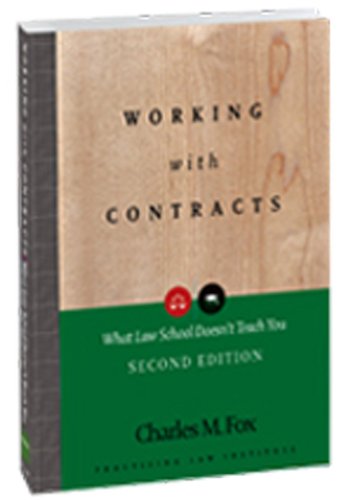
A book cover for Working With Contracts: What Law School Doesn't Teach You, 2nd Edition  (PLI's Corporate and Securities Law Library); Charles M. Fox; Law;